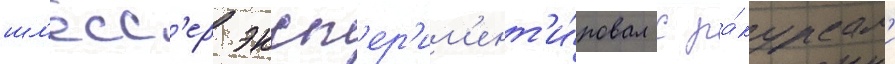
шл'есс'ер эксп'ер'им'ент'и́ровал с ра́курсам'и